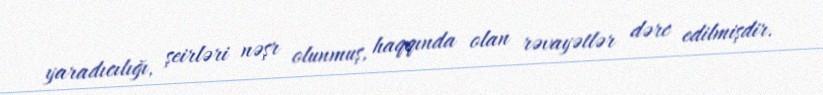
yaradıcılığı, şeirləri nəşr olunmuş, haqqında olan rəvayətlər dərc edilmişdir.